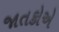
જાતકોએ